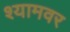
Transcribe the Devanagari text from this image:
श्यामवर